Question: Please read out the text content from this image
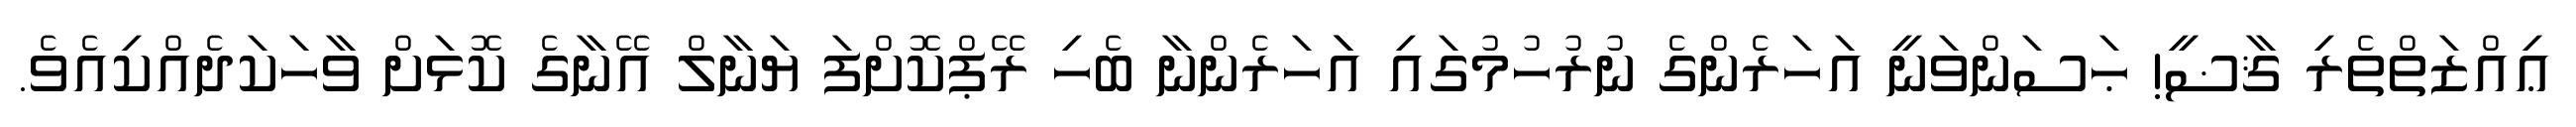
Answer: ޢިއްޒަތްތެރި ޤާޟީ! ޙަސަންވަނީ އަހަރެންގެ ނުރުހުމުގައި އަަހަރެންނާ ބެހި ރޭޕްކޮށްފަ ޔަނާލް އޭނާގެ ކޮޅަށް ވާހަކަދެއްކިއެވެ.